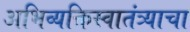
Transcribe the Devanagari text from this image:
अभिव्यक्तिस्वातंत्र्याचा